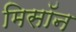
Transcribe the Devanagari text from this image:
मिसॉन